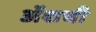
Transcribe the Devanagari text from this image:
ॲशची